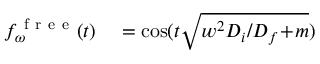
\begin{array} { r l } { f _ { \omega } ^ { \mathrm { ~ f ~ r ~ e ~ e ~ } } ( t ) } & { { } = \cos ( t \sqrt { w ^ { 2 } D _ { i } / D _ { f } \! + \! m } ) } \end{array}